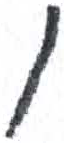
אות: ו